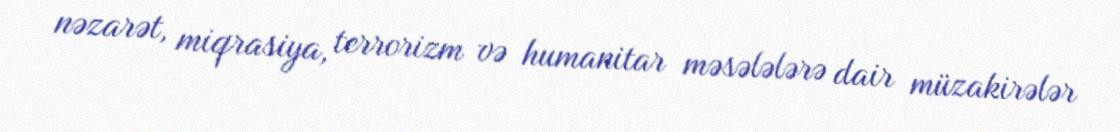
nəzarət, miqrasiya, terrorizm və humanitar məsələlərə dair müzakirələr